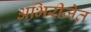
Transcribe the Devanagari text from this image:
अभिरीजेत